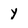
Character: Y